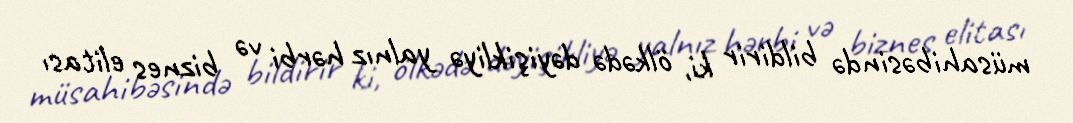
müsahibəsində bildirir ki, ölkədə dəyişikliyə yalnız hərbi və biznes elitası